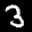
Label: 3